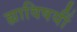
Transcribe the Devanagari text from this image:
ह्याविषयीं